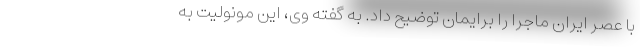
با عصر ایران ماجرا را برایمان توضیح داد. به گفته وی، این مونولیت به